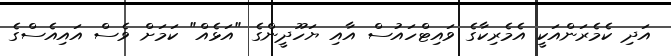
އަދި ކެމެރަންއަކީ އެމެރިކާގެ ވައިޓްހައުސް އާއި ޔަހޫދީންގެ "އަޅެއް" ކަމަށް ވެސް އައިއެސްގެ